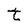
Character: t